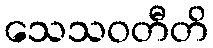
သေသဝတီတိ